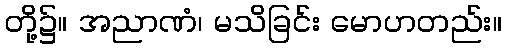
တို့၌။ အညာဏံ၊ မသိခြင်း မောဟတည်း။